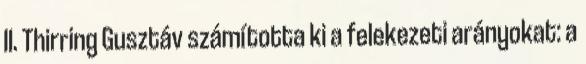
II. Thirring Gusztáv számította ki a felekezeti arányokat: a